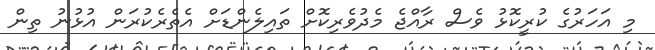
މި އަހަރުގެ ކުރީކޮޅު ވެސް ރާއްޖެ މެދުވެރިކޮށް ތައިލެންޑަށް އެތެރެކުރަން އުޅުނު ތިން